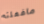
مافعلته